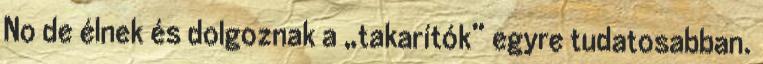
No de élnek és dolgoznak a „takarítók” egyre tudatosabban.